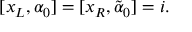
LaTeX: [ x _ { L } , \alpha _ { 0 } ] = [ x _ { R } , \tilde { \alpha } _ { 0 } ] = i .